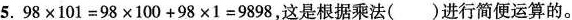
5。$$98\times101=98\times100+98\times1=9898$$，这是根据乘法( )进行简便运算的。